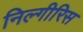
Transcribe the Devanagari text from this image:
निल्गीरिस